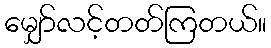
မျှော်လင့်တတ်ကြတယ်။